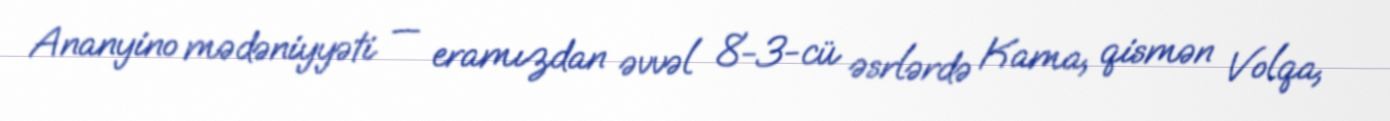
Ananyino mədəniyyəti — eramızdan əvvəl 8-3-cü əsrlərdə Kama, qismən Volqa,